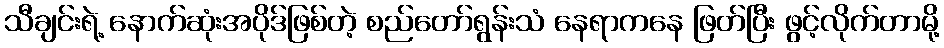
သီချင်းရဲ့ နောက်ဆုံးအပိုဒ်ဖြစ်တဲ့ စည်တော်ရွန်းသံ နေရာကနေ ဖြတ်ပြီး ဖွင့်လိုက်တာမို့